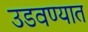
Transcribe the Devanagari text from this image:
उडवण्यात